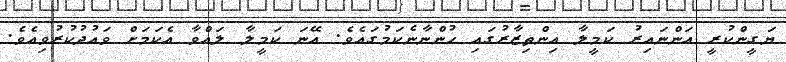
ޔަގީންކުރީ އަންނައިރު ކަމީލާ އިންތިޒާރުގައި ހުންނާނެކަމުގައެވެ. އޭނަ ކަމީލާ ލައްވާ އެކަމަށް ވައުދުކުރުވިއެވެ.